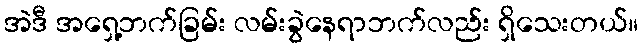
အဲဒီ အရှေ့ဘက်ခြမ်း လမ်းခွဲနေရာဘက်လည်း ရှိသေးတယ်။